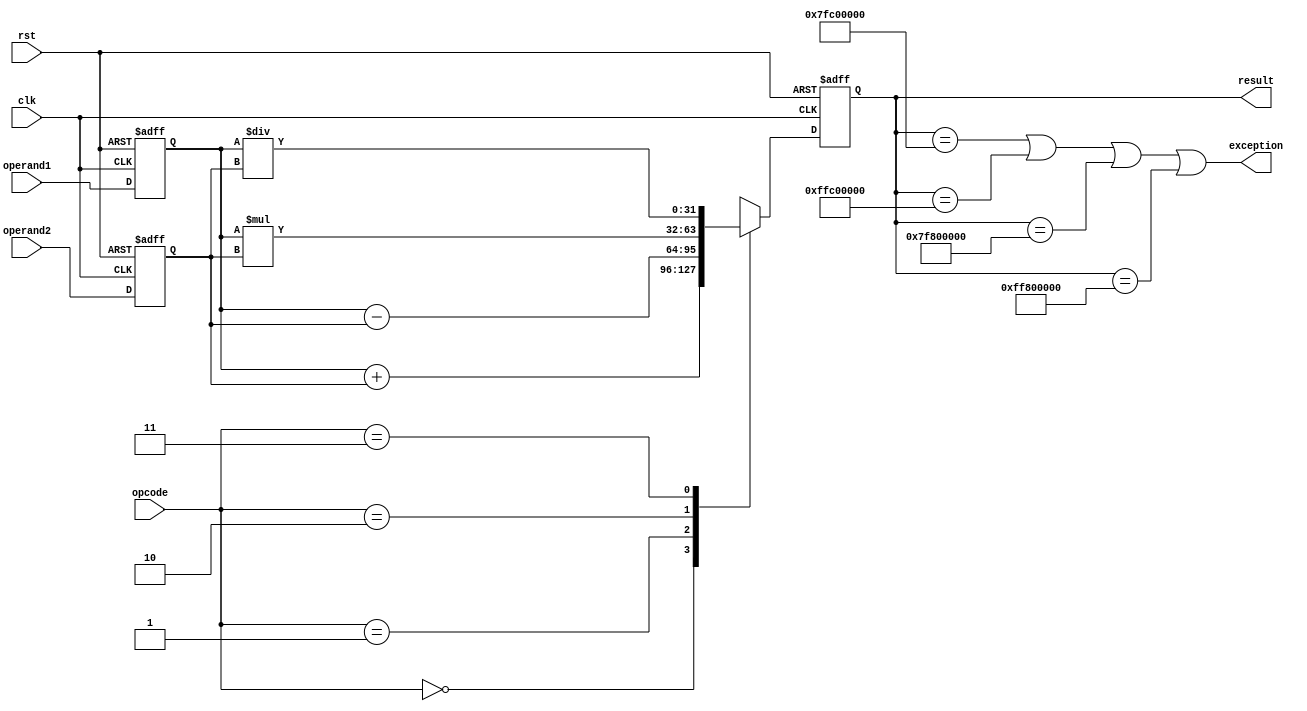
module floating_point_alu (
    input wire clk,
    input wire rst,
    input wire [1:0] opcode,
    input wire [31:0] operand1,
    input wire [31:0] operand2,
    output reg [31:0] result,
    output wire exception
);

reg [31:0] reg_operand1;
reg [31:0] reg_operand2;

always @(posedge clk or posedge rst) begin
    if (rst) begin
        reg_operand1 <= 32'd0;
        reg_operand2 <= 32'd0;
        result <= 32'd0;
    end else begin
        reg_operand1 <= operand1;
        reg_operand2 <= operand2;
        
        case(opcode)
            2'b00: result <= reg_operand1 + reg_operand2; // addition
            2'b01: result <= reg_operand1 - reg_operand2; // subtraction
            2'b10: result <= reg_operand1 * reg_operand2; // multiplication
            2'b11: result <= reg_operand1 / reg_operand2; // division
            default: result <= 32'd0;
        endcase
    end
end

// Exception detection logic
assign exception = (result == 32'h7FC00000 || result == 32'hFFC00000 || result == 32'h7F800000 || result == 32'hFF800000);

endmodule